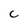
Character: C